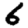
Digit: 6